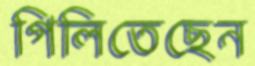
গিলিতেছেন